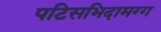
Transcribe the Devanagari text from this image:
पटिसभिदामग्ग